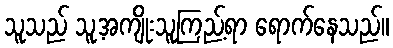
သူသည် သူ့အကျိုးသူကြည့်ရာ ရောက်နေသည်။